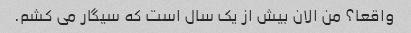
واقعا؟ من الان بیش از یک سال است که سیگار می کشم.